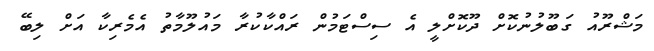
މަޝްރޫއު ގަބޫލުނުކޮށް ދޫކޮށްލީ އެ ސިސްޓަމުން ރައްކާކުރާ މައުލޫމާތު އެމެރިކާ އަށް ލިބޭ